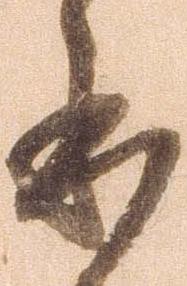
本